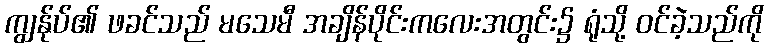
ကျွန်ုပ်၏ ဖခင်သည် မသေမီ အချိန်ပိုင်းကလေးအတွင်း၌ ရုံသို့ ဝင်ခဲ့သည်ကို